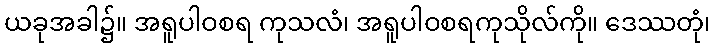
ယခုအခါ၌။ အရူပါဝစရ ကုသလံ၊ အရူပါဝစရကုသိုလ်ကို။ ဒေဿတုံ၊